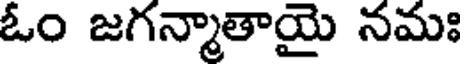
ఓం జగన్మాతాయై నమః